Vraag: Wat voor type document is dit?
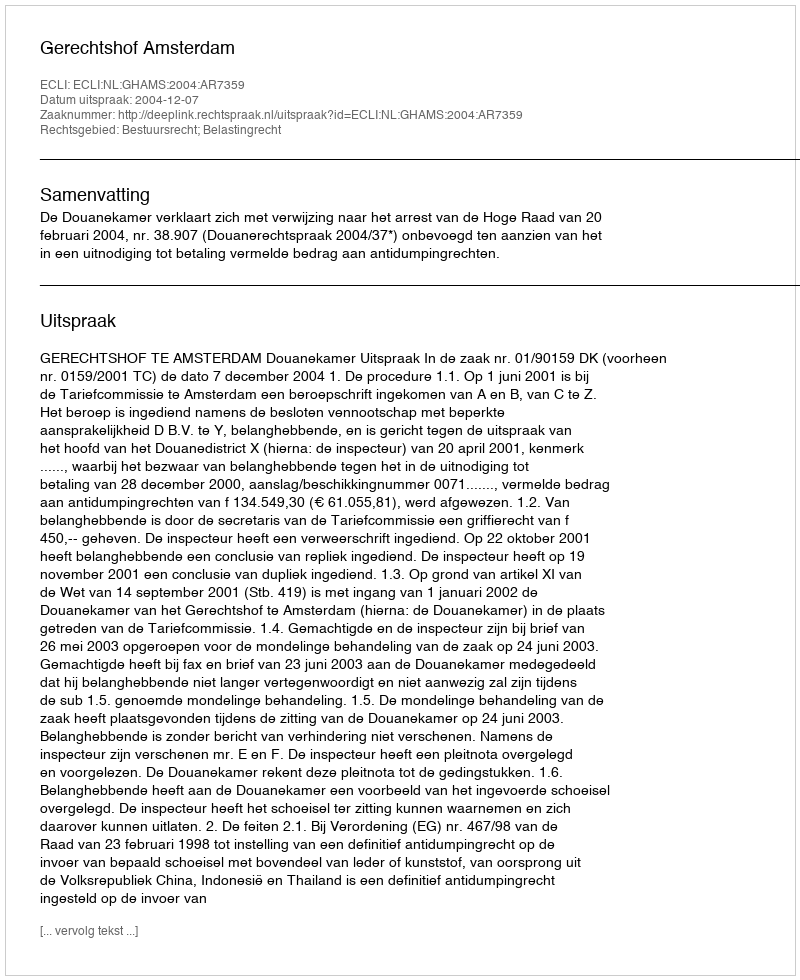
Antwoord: Uitspraak